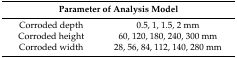
<table><thead><tr><td colspan="2"><b>Parameter of Analysis Model</b></td></tr></thead><tbody><tr><td>Corroded depth</td><td>0.5, 1, 1.5, 2 mm</td></tr><tr><td>Corroded height</td><td>60, 120, 180, 240, 300 mm</td></tr><tr><td>Corroded width</td><td>28, 56, 84, 112, 140, 280 mm</td></tr></tbody></table>